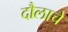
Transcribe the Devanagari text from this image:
दौलाचे